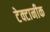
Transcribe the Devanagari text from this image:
टेक्टानीक